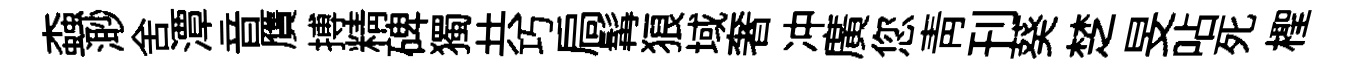
螙𣺌舍潭音贋搏精碑獨共巧扃髯狼域奢冲廣您青刊葵椘旻呫死檉